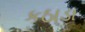
કઠાડા